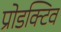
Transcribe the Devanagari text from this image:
प्रोडक्टिव